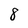
Character: 8